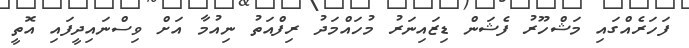
ފަހަރެއްގައި މަޝްހޫރު ފެޝަން ޑިޒައިނަރު މުހައްމަދު ރިފްއަތު ނިއުމާ އަށް ވިސްނައިދީފައި އޮތީ